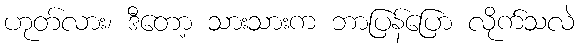
ဟုတ်လား၊ ဒီတော့ သားသားက ဘာပြန်ပြော လိုက်သလဲ